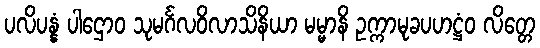
ပလိပန္နံ ပါဌောဝ သုမင်္ဂလဝိလာသိနိယာ မမ္မာနိ ဥက္ကာမုခပဟဋ္ဌံဝ လိတ္တေ